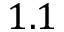
1 . 1